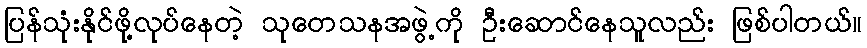
ပြန်သုံးနိုင်ဖို့လုပ်နေတဲ့ သုတေသနအဖွဲ့ကို ဦးဆောင်နေသူလည်း ဖြစ်ပါတယ်။